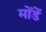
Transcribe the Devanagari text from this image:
मोंडें